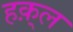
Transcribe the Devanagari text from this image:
हक़्ल